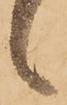
候